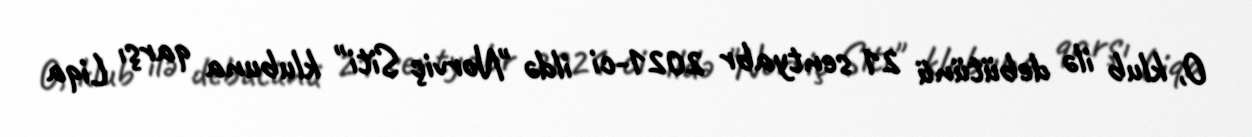
O, klub ilə debütünü 21 sentyabr 2021-ci ildə "Norviç Siti" klubuna qarşı Liqa